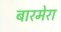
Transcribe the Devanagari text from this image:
बारमेरा